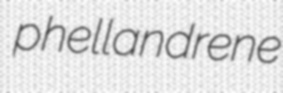
phellandrene